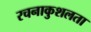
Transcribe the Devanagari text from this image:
रचनाकुशलता